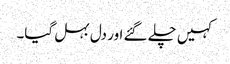
کہیں چلے گئے اور دل بہل گیا۔